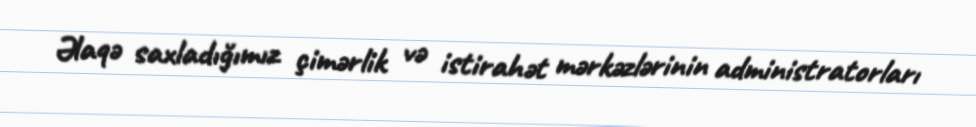
Əlaqə saxladığımız çimərlik və istirahət mərkəzlərinin administratorları